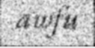
awfu